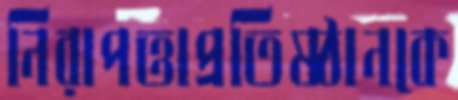
নিরাপত্তাপ্রতিষ্ঠানকে